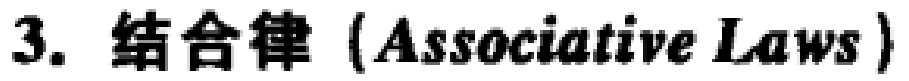
3. 结合律（Associative Laws）